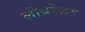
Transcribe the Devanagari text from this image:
लीवरेज़्ड